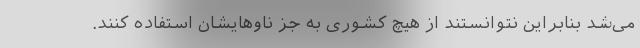
می‌شد بنابراین نتوانستند از هیچ کشوری به جز ناوهایشان استفاده کنند.